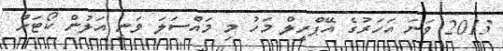
2013 ވަނަ އަހަރުގެ އޭޕްރީލް މަހު މި މައްސަލަ ވަނީ އަލުން ކޯޓަށް